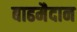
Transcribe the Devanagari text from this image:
बाढमैदान